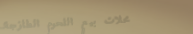
محلات بيع اللحوم الطازجة: